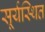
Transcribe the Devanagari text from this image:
सूर्यस्थित